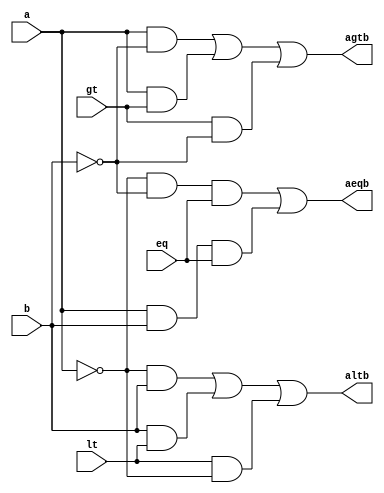
// comparator 1-bit

module comp1bit(a,b,gt,lt,eq,agtb,altb,aeqb);
input a,b,gt,lt,eq;
output agtb,altb,aeqb;

assign agtb=(a&(~b))|(a&gt)|(gt&(~b));
assign altb=(~a&(b))|(b&lt)|(lt&(~a));
assign aeqb=(~a&(~b)&eq)|((a)&(b)&eq);
endmodule